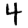
Digit: 4